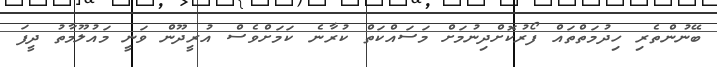
ބޭނުންތެރި ހިދުމަތްތައް ފޯރުކޮށްދިނުމަށް މަސައްކަތް ކުރާނެ ކަމަށްވެސް އުރީދޫން ވަނީ މައުލޫމާތު ދީފަ